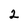
Character: 2